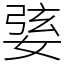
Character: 婱